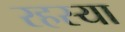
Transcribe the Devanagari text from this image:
रहस्या